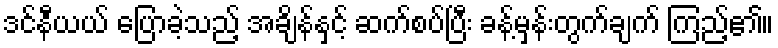
ဒင်နီယယ် ပြောခဲ့သည့် အချိန်နှင့် ဆက်စပ်ပြီး ခန့်မှန်းတွက်ချက် ကြည့်၏။